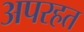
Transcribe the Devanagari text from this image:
अपरहत